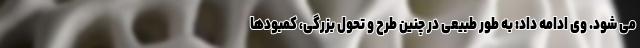
می شود. وی ادامه داد: به طور طبیعی در چنین طرح و تحول بزرگی، کمبودها